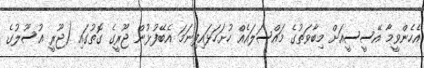
އެހެންވީމާ އޭސީސީއަށް މިބާވަތުގެ މައްސަލައެއް ހުށަހަޅައިފިނަމަ އެބޭފުޅުން ޖޫރީގެ ގޮތުގައި (ޖޫރީ އުސޫލުގެ